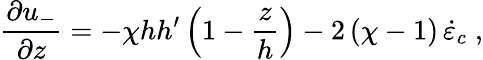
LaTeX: \frac{\partial u_{-}}{\partial z}=-\chi hh^{\prime}\left(1-\frac{z}{h}\right)-2\, (\chi-1)\, \dot{\varepsilon}_{c}\; ,